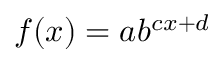
f ( x ) = a b ^ { c x + d }